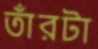
তাঁরটা